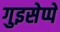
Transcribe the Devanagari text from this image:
गुइसेप्पे